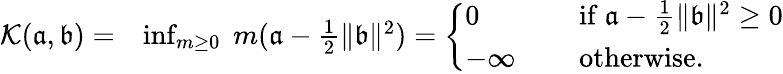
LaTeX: \begin{array}{rl}{{\mathcal K}(\mathfrak{a},\mathfrak{b})=}&{\operatorname*{inf}_{m\geq 0}\; m(\mathfrak{a}-\frac{1}{2}\| \mathfrak{b}\| ^{2})=\left\{ \begin{array}{ll}{0\quad\quad}&{\mathrm{~if~}\mathfrak{a}-\frac{1}{2}\| \mathfrak{b}\| ^{2}\geq 0}\\ {-\infty\quad}&{\mathrm{~otherwise.}}\end{array}\right.}\end{array}